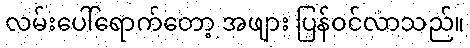
လမ်းပေါ်ရောက်တော့ အဖျား ပြန်ဝင်လာသည်။